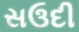
સઉદી